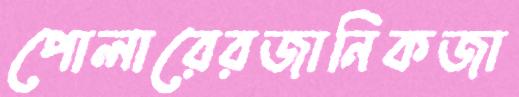
পোলারেরজানিকজা